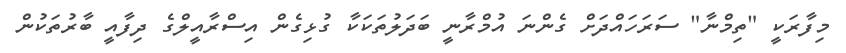
މިފާރަކީ "ތިމްނާ" ސަރަހައްދަށް ގެންނަ އުމްރާނީ ބަދަލުތަކަކާ ގުޅިގެން އިސްރާއީލްގެ ދިފާއީ ބާރުތަކުން